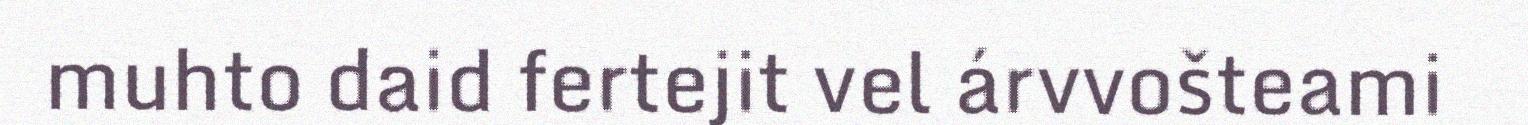
muhto daid fertejit vel árvvošteami